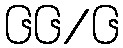
၆၆/၆